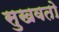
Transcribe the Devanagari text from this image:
सुखवतो